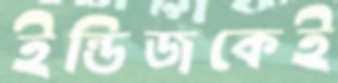
ইন্ডিজকেই